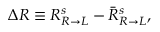
\Delta R \equiv R _ { R \rightarrow L } ^ { s } - { \bar { R } } _ { R \rightarrow L } ^ { s } ,